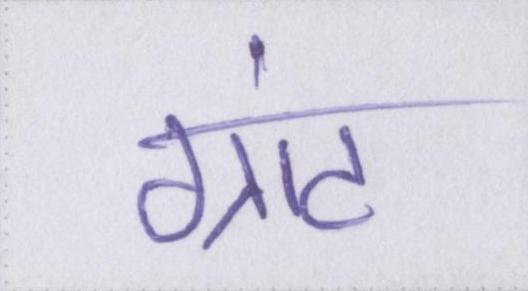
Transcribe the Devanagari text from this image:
ग्रांट